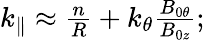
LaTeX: \begin{array}{r}{k_{\parallel}\approx\frac{n}{R}+k_{\theta}\frac{B_{0\theta}}{B_{0z}};}\end{array}